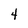
Character: 4